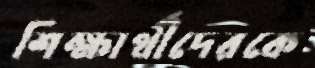
শিক্ষার্থীদেরকে